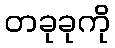
တခုခုကို